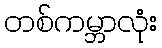
တစ်ကမ္ဘာလုံး